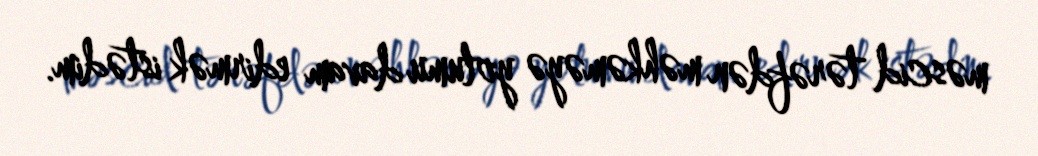
məscid tərəfdən məhkəməyə yolumu davam edirmək istədim.